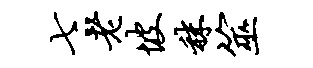
七老坡秣筮